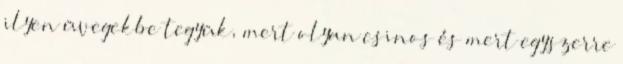
ilyen üvegekbe tegyük, mert olyan csinos és mert egyszerre